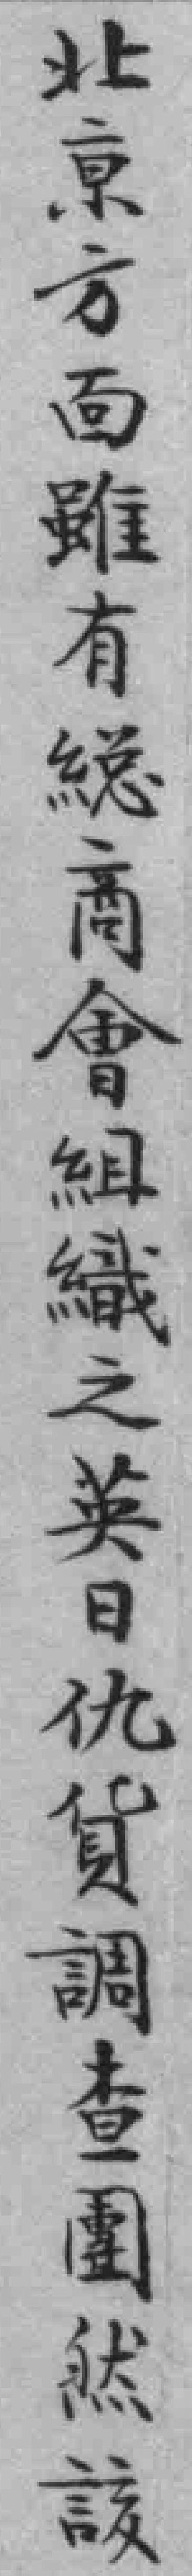
北京方面雖有縂商會組織之英日仇貨調查團然該